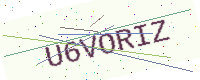
Text: U6VORIZ